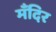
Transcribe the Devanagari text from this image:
मँदिर